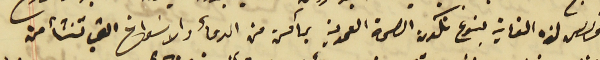
مخصص لهذه الغاية بنوع تكون الصحة العمومية بمأمن من الدمأ والاسَواخ التي تنشأ من